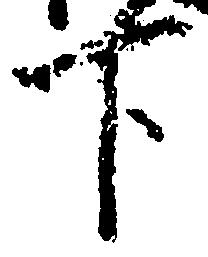
下